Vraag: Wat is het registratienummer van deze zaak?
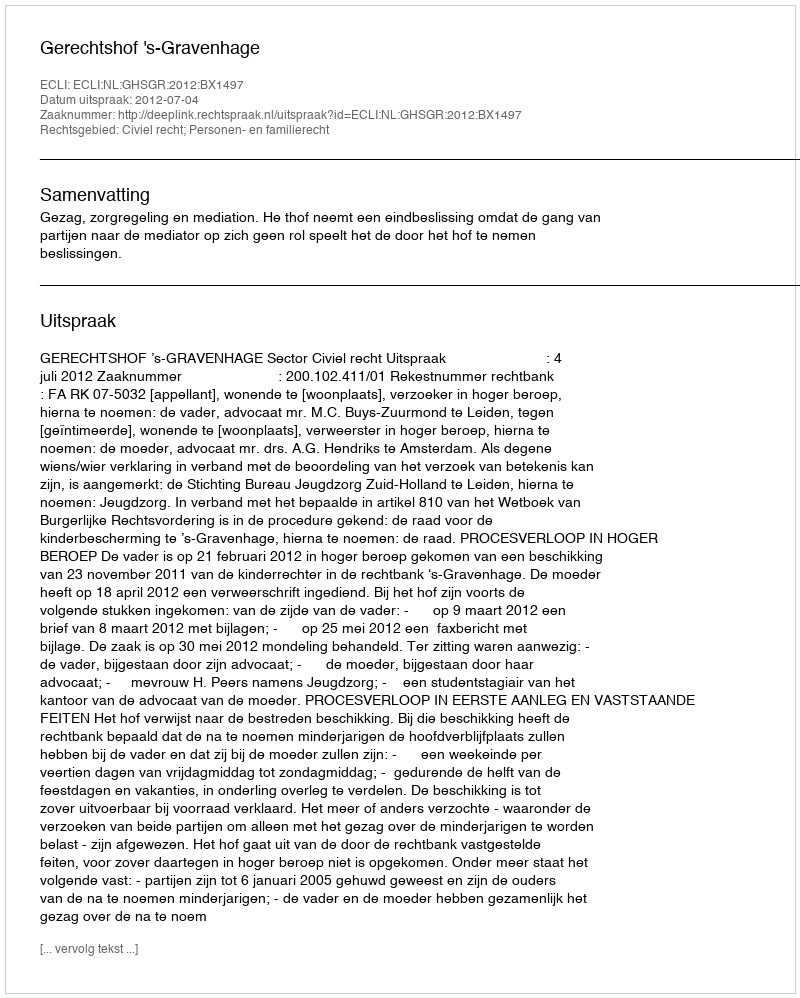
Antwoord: http://deeplink.rechtspraak.nl/uitspraak?id=ECLI:NL:GHSGR:2012:BX1497